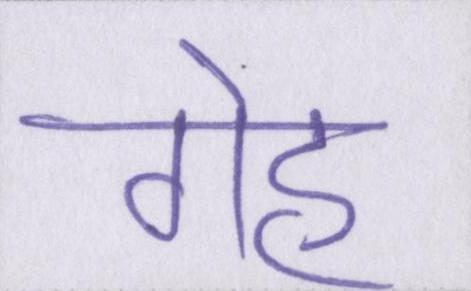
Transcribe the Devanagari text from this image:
गेह